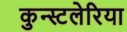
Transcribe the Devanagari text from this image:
कुन्स्टलेरिया